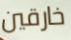
خارقين